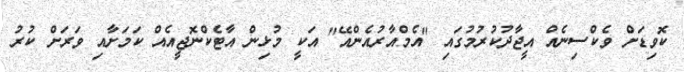
ކޮވިޑަށް ވެކްސިނެއް އީޖާދުކުރުމުގައި "އެމްއާރުއެންއޭ" އަކީ މުޅިން އާޓެކްނޮޖީއެއް ކަމަށާއި ވަރަށް ކުރު